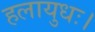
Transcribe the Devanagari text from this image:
हलायुधः।